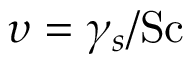
\upsilon = \gamma _ { s } / \ensuremath { \mathrm { S c } }